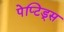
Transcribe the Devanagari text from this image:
पेप्टिड्स